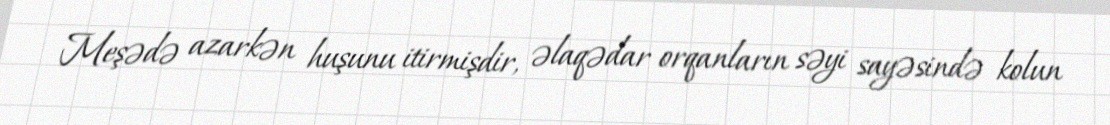
Meşədə azarkən huşunu itirmişdir, əlaqədar orqanların səyi sayəsində kolun